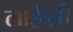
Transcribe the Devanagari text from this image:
लाईव्ह्ली